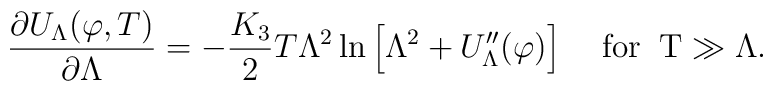
\frac{\partial U_{\Lambda}(\varphi,T)}{\partial\Lambda}=-\frac{K_{3}}{2}T\Lambda^{2}\ln \left[\Lambda^{2}+U^{\prime\prime}_{\Lambda} (\varphi)\right]\;\;\;\; {\rm for\;\;T\gg\Lambda}.